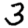
Digit: 3